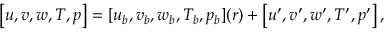
\begin{array} { r } { \left[ u , v , w , T , p \right] = [ u _ { b } , v _ { b } , w _ { b } , T _ { b } , p _ { b } ] ( r ) + \left[ u ^ { \prime } , v ^ { \prime } , w ^ { \prime } , T ^ { \prime } , p ^ { \prime } \right] , } \end{array}